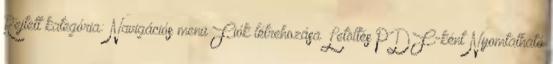
Rejtett kategória: Navigációs menü Fiók létrehozása Letöltés PDF-ként Nyomtatható